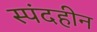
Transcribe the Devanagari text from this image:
स्पंदहीन